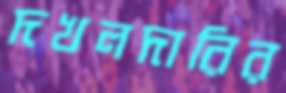
দখলদারির